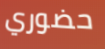
حضوري